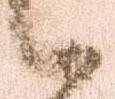
候